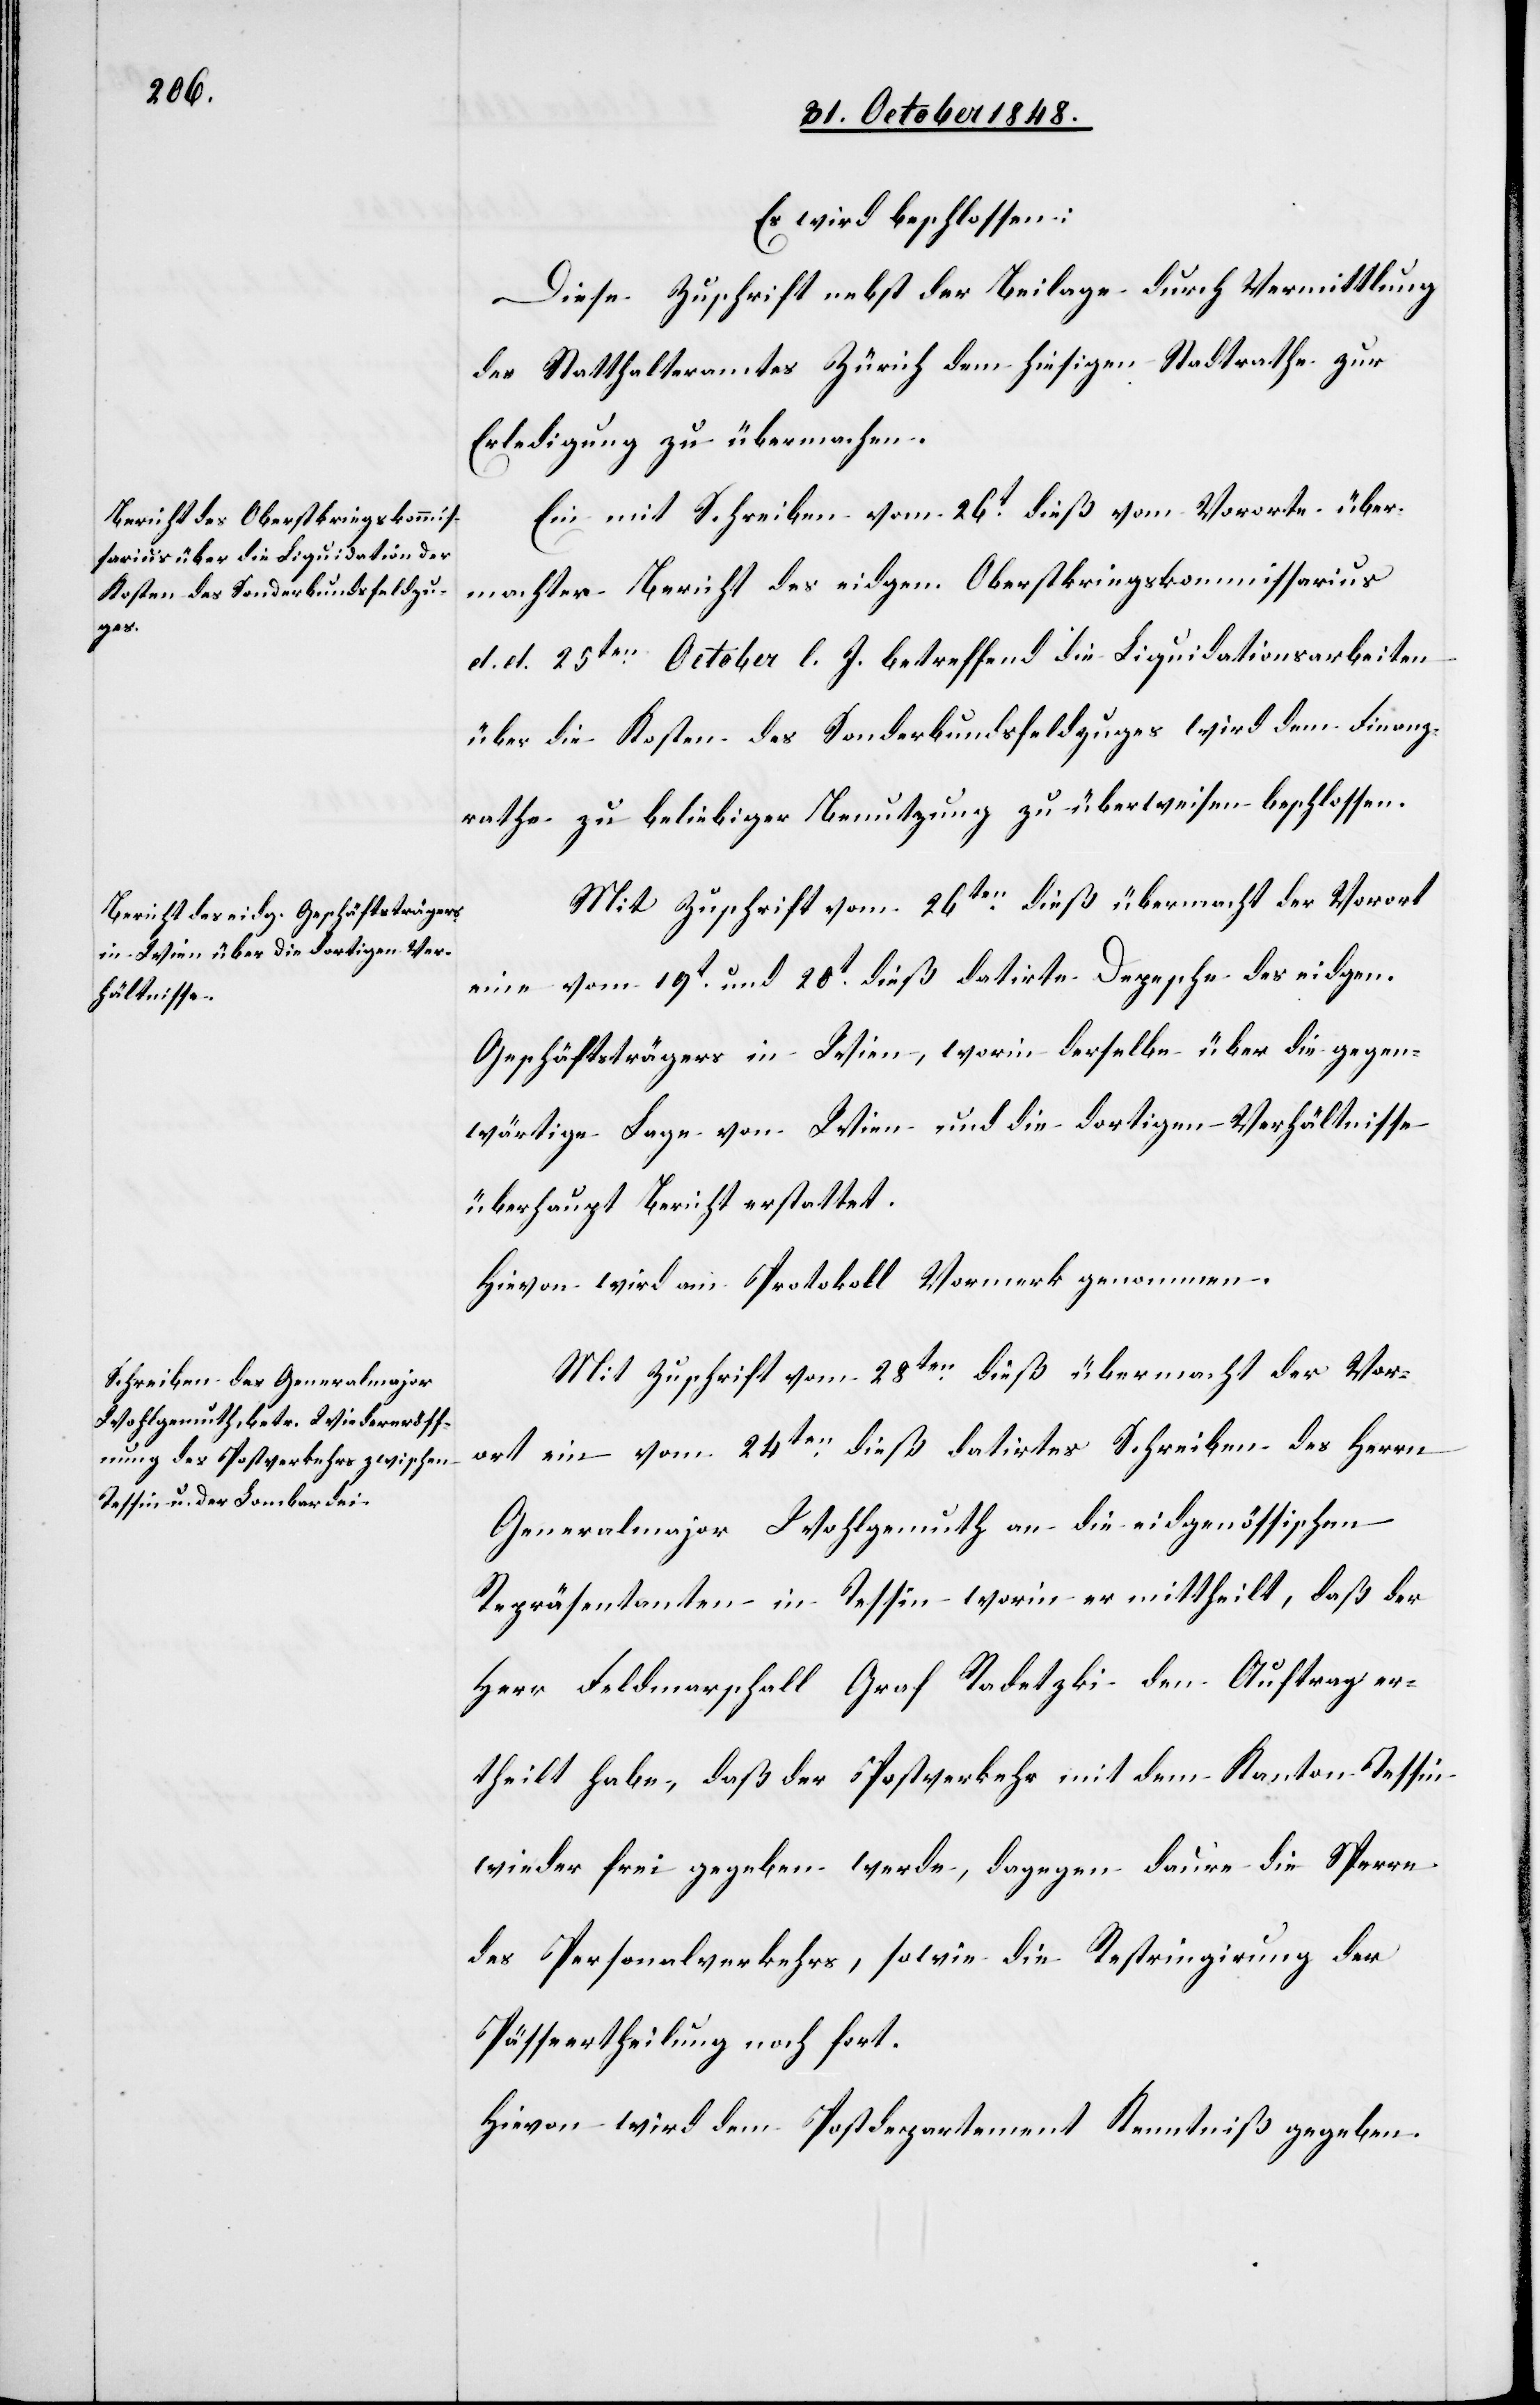
Es wird beschlossen.
Diese Zuschrift nebst der Beilage durch Vermittlung
des Statthalteramtes Zürich dem hiesigen Stadtrathe zur
Erledigung zu übermachen.
Ein mit Schreiben vom 26t dieß vom Vororte über¬
machter Bericht des eidgen. Oberkriegskommissarius
d. d. 25ten October l. J. betreffend die Liquidationsarbeiten
über die Kosten des Sonderbundsfeldzuges wird dem Finanz¬
rathe zu beliebiger Benutzung zu überweisen beschlossen.
Mit Zuschrift vom 26ten dieß übermacht der Vorort
eine vom 19t und 20t dieß datirte Depesche des eidgen.
Geschäftsträgers in Wien, worin derselbe über die gegen¬
wärtige Lage von Wien und die dortigen Verhältnisse
überhaupt Bericht erstattet.
Hievon wird am Protokoll Vormerk genommen.
Mit Zuschrift vom 28ten dieß übermacht der Vor¬
ort ein vom 24ten dieß datirtes Schreiben des Herrn
Generalmajor Wohlgemuth an die eidgenössischen
Repräsentanten in Tessin worin er mittheilt, daß der
Herr Feldmarschall Graf Radetzki den Auftrag er¬
theilt habe, daß der Postverkehr mit dem Kanton Tessin
wieder frei gegeben werde, dagegen daure die Sperre
des Personalverkehrs, sowie die Restringirung der
Pässeertheilung noch fort.
Hievon wird dem Postdepartement Kenntniß gegeben.